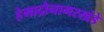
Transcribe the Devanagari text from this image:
हेमाद्रौनागरखंडे